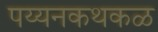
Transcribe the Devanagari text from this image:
पय्यनकथकळ